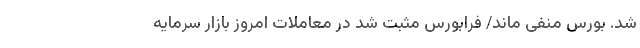
شد. بورس منفی ماند/ فرابورس مثبت شد در معاملات امروز بازار سرمایه